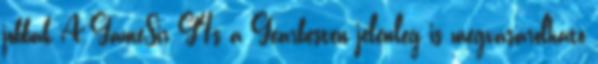
jobbak A GameSir G4s a Gearbesten jelenleg is megvásárolható